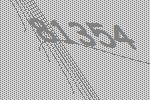
81354